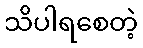
သိပါရစေတဲ့